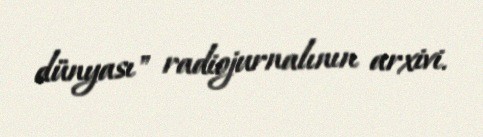
dünyası" radiojurnalının arxivi.